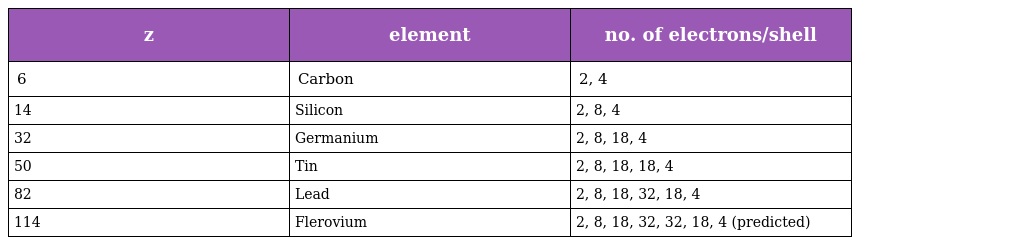
| z | element | no. of electrons/shell |
 | --- | --- | --- |
 | 6 | Carbon | 2, 4 |
 | 14 | Silicon | 2, 8, 4 |
 | 32 | Germanium | 2, 8, 18, 4 |
 | 50 | Tin | 2, 8, 18, 18, 4 |
 | 82 | Lead | 2, 8, 18, 32, 18, 4 |
 | 114 | Flerovium | 2, 8, 18, 32, 32, 18, 4 (predicted) |